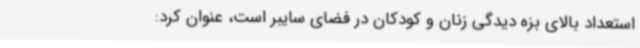
استعداد بالای بزه دیدگی زنان و کودکان در فضای سایبر است، عنوان کرد: